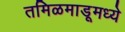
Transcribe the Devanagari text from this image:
तमिळमाडूमध्ये